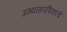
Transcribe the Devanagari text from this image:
अभ्यासपत्रिकांचे